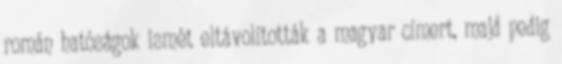
román hatóságok ismét eltávolították a magyar címert, majd pedig